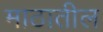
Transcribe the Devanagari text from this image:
माठातील